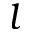
l